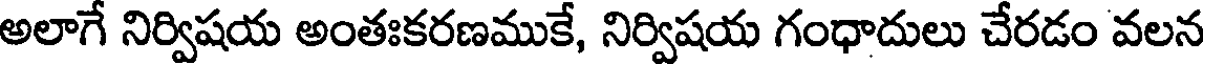
అలాగే నిర్విషయ అంతఃకరణముకే, నిర్విషయ గంధాదులు చేరడం వలన